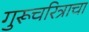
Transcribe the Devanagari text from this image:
गुरूचरित्राचा